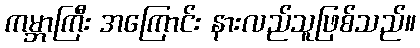
ကမ္ဘာကြီး အကြောင်း နားလည်သူဖြစ်သည်။